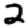
Digit: 2